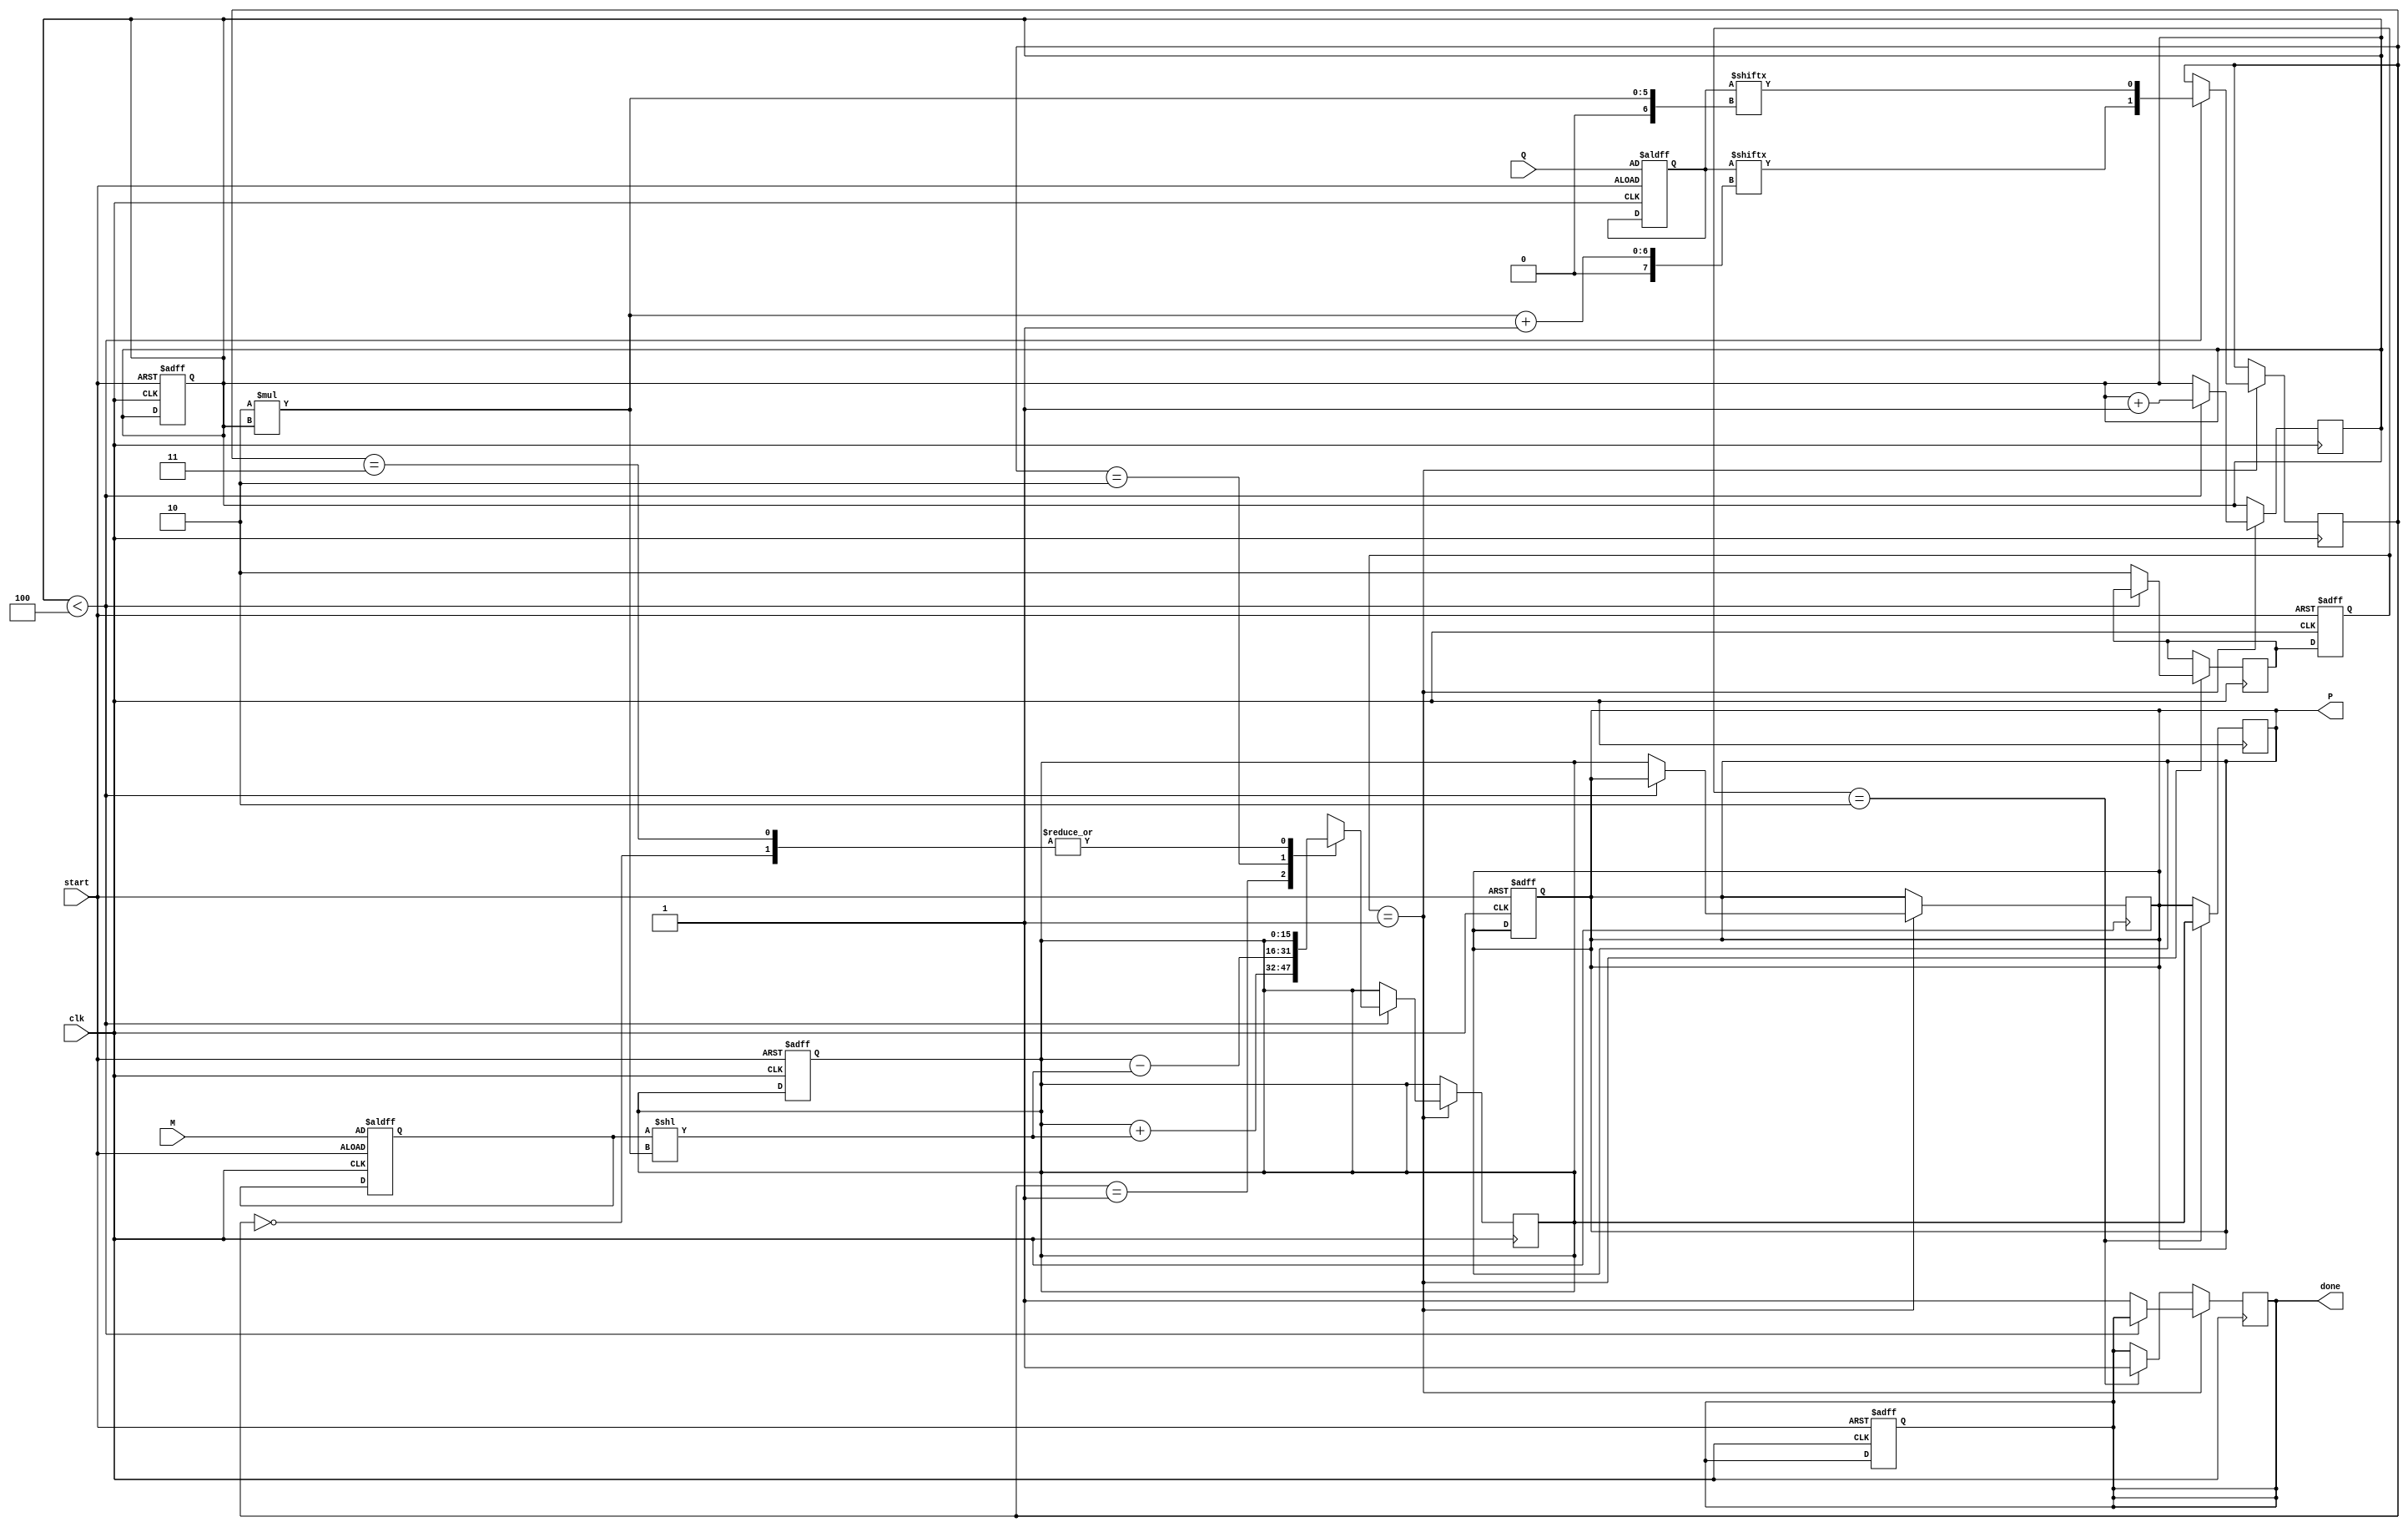
module radix4_multiplier #(parameter N = 8) (
    input signed [N-1:0] M,        // Multiplicand
    input signed [N-1:0] Q,        // Multiplier
    input clk,                     // Clock signal
    input start,                   // Start signal
    output reg signed [2*N-1:0] P, // Product output
    output reg done                // Done signal
);

    reg [N-1:0] Q_reg;             // Register for multiplier
    reg [N-1:0] M_reg;             // Register for multiplicand
    reg [2*N-1:0] P_acc;           // Accumulator for partial products
    reg [3:0] count;               // Count for bits processed
    reg [1:0] QiQi_1;              // Current and previous bits of Q

    // State machine for processing
    localparam IDLE = 2'b00,
               PROCESS = 2'b01,
               DONE = 2'b10;
    reg [1:0] state, next_state;

    // Initialize registers on start
    always @(posedge clk or posedge start) begin
        if (start) begin
            Q_reg <= Q;
            M_reg <= M;
            P_acc <= 0;
            P <= 0;
            count <= 0;
            done <= 0;
            state <= PROCESS;
        end else begin
            state <= next_state;
        end
    end

    // Main processing logic
    always @(posedge clk) begin
        if (state == PROCESS) begin
            if (count < N/2) begin
                // Get current and previous bits
                QiQi_1 <= {Q_reg[2*count+1], Q_reg[2*count]};
                
                case (QiQi_1)
                    2'b00: begin
                        // No action
                        P_acc <= P_acc; // No change
                    end
                    2'b01: begin
                        // Add M
                        P_acc <= P_acc + (M_reg << (2 * count));
                    end
                    2'b10: begin
                        // Subtract M
                        P_acc <= P_acc - (M_reg << (2 * count));
                    end
                    2'b11: begin
                        // No action
                        P_acc <= P_acc; // No change
                    end
                endcase
                
                count <= count + 1;
            end else begin
                // Finalize product
                P <= P_acc;
                done <= 1;
                next_state <= DONE;
            end
        end else if (state == DONE) begin
            // Stay in DONE state until reset
            done <= 1;
        end
    end

    // Output assignment
    always @(posedge clk) begin
        if (state == DONE) begin
            P <= P_acc; // Output the final product
        end
    end

endmodule